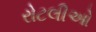
રોટલીઓ